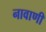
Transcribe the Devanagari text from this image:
नावाणी